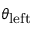
\theta _ { \mathrm { l e f t } }